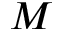
M